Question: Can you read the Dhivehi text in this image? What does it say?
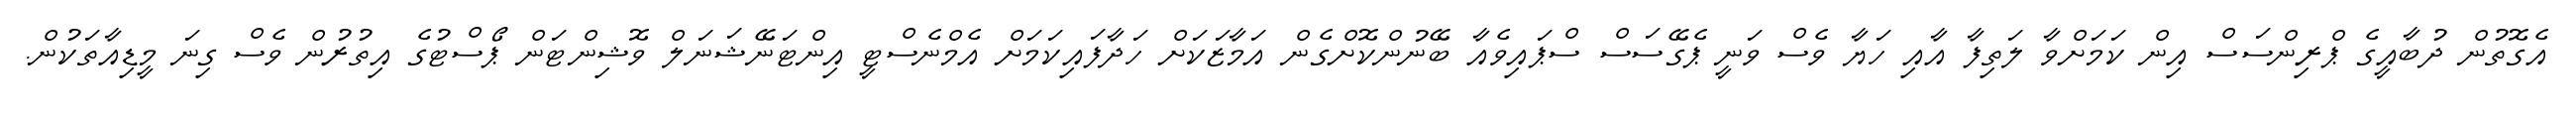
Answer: އެގޮތުން ދުބާއީގެ ޕްރިންސަސް އިން ކަމަށްވާ ލަތިފާ އާއި ހަޔާ ވެސް ވަނީ ޕެގޭސަސް ސްޕައިވެއާ ބޭނުންކޮށްގެން އަމާޒަކަށް ހަދާފައިކަމަށް އެމްނެސްޓީ އިންޓަނޭޝަނަލް ވޮޝިންޓަން ޕޯސްޓުގެ އިތުރުން ވެސް ގިނަ މީޑިއާތަކުން.